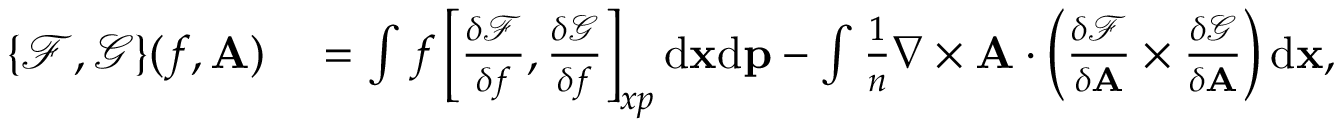
\begin{array} { r l } { \{ \mathcal { F } , \mathcal { G } \} ( f , { \mathbf A } ) } & { { } = \int f \left[ \frac { \delta \mathcal { F } } { \delta f } , \frac { \delta \mathcal { G } } { \delta f } \right] _ { x p } \mathrm { d } { \mathbf x } \mathrm { d } { \mathbf p } - \int \frac { 1 } { n } \nabla \times \mathbf { A } \cdot \left( \frac { \delta \mathcal { F } } { \delta { \mathbf A } } \times \frac { \delta \mathcal { G } } { \delta { \mathbf A } } \right) \mathrm { d } { \mathbf x } , } \end{array}